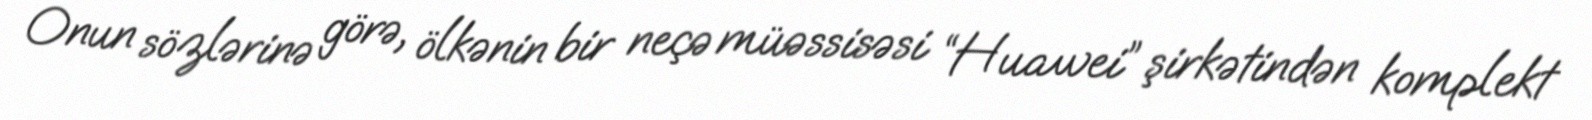
Onun sözlərinə görə, ölkənin bir neçə müəssisəsi “Huawei” şirkətindən komplekt